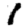
Digit: 1